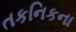
તકનિકના